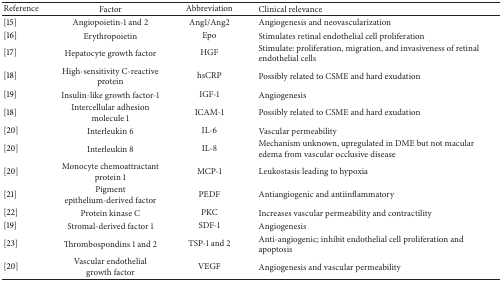
| Reference | Factor | Abbreviation | Clinical relevance |
 | --- | --- | --- | --- |
 | [15] | Angiopoietin-1 and 2 | Ang1/Ang2 | Angiogenesis and neovascularization |
 | [16] | Erythropoietin | Epo | Stimulates retinal endothelial cell proliferation |
 | [17] | Hepatocyte growth factor | HGF | Stimulate: proliferation, migration, and invasiveness of retinal endothelial cells |
 | [18] | High-sensitivity C-reactive protein | hsCRP | Possibly related to CSME and hard exudation |
 | [19] | Insulin-like growth factor-1 | IGF-1 | Angiogenesis |
 | [18] | Intercellular adhesion molecule 1 | ICAM-1 | Possibly related to CSME and hard exudation |
 | [20] | Interleukin 6 | IL-6 | Vascular permeability |
 | [20] | Interleukin 8 | IL-8 | Mechanism unknown, upregulated in DME but not macular edema from vascular occlusive disease |
 | [20] | Monocyte chemoattractant protein 1 | MCP-1 | Leukostasis leading to hypoxia |
 | [21] | Pigment epithelium-derived factor | PEDF | Antiangiogenic and antiinflammatory |
 | [22] | Protein kinase C | PKC | Increases vascular permeability and contractility |
 | [19] | Stromal-derived factor 1 | SDF-1 | Angiogenesis |
 | [23] | Thrombospondins 1 and 2 | TSP-1 and 2 | Anti-angiogenic; inhibit endothelial cell proliferation and apoptosis |
 | [20] | Vascular endothelial growth factor | VEGF | Angiogenesis and vascular permeability |